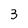
Character: 3